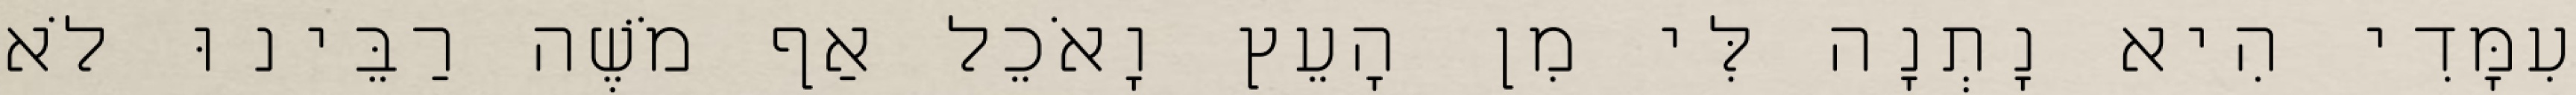
עִמָּדִי הִיא נָתְנָה לִּי מִן הָעֵץ וָאֹכֵל אַף מֹשֶׁה רַבֵּינוּ לֹא